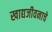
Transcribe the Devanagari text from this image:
खाद्यजीवनाचे